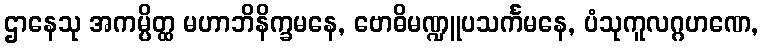
ဌာနေသု အကမ္ပိတ္ထ မဟာဘိနိက္ခမနေ, ဗောဓိမဏ္ဍူပသင်္ကမနေ, ပံသုကူလဂ္ဂဟဏေ,